Vaccine operations Central Provinces 1900-1911 - 1900-1911
Year: 1900
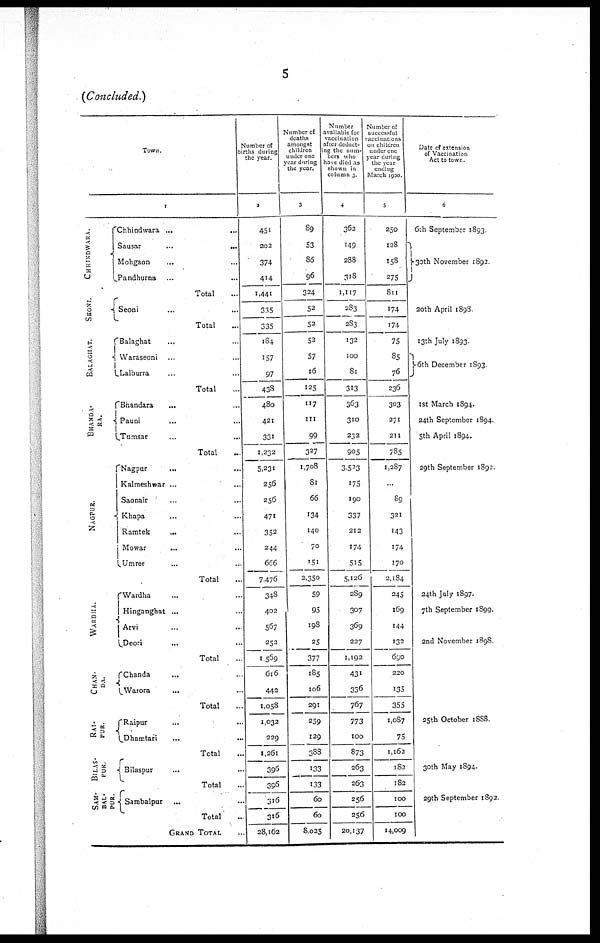
5
(Concluded.)
Town
CHHINDWARA.
SEONI.
BALAGHAT.
BHANDA-
RA.
NAGPUR.
WARDHA.
CHAN.
DA.
RAI-
PUR
SAM-
BAL-
PUR.
1
Chhindwara...
...
Sausar
...
...
Mohgaon... ...
Pandhurna... ...
Total
Seoni... ...
Total...
Balaghat... ..
Waraseoni... ...
Lalburra... ...
Total...
Bhandara... ...
Pauni... ...
Tumsar... ...
Total...
Nagpur... ...
Kalmeshwar ...
Saonair... ...
Khapa... ...
Ramtek
...
...
Mowar... ...
Umrer... ...
Total...
Wardha... ...
Hinganghat ... ...
Arvi... ...
Deori
... ...
Total..
Chanda... ...
Warora... ...
Total...
Raipur... ...
Dhamtari
...
...
Total...
Bilaspur... ...
Total...
Sambalpur... ...
Total..
GRAND TOTAL..
Number of
births during
the year.
2
451
202
374
414
1,441
335
335
184
157
97
438
480
421
331
1,232
5,231
256
256
471
352
244
666
7,476
348
402
567
252
1,569
616
442
1,058
1,032
229
1,261
396
396
316
316
28,162
Number of
deaths
amongst
children
under one
year during
the year.
3
89
53
86
96
324
52
52
52
57
16
125
117
111
99
327
1,708
81
66
134
140
70
151
2,350
59
95
198
25
377
185
106
291
259
129
388
133
133
60
60
8,025
Number
available for
vaccination
after deduct-
ing the num-
bers who
have died as
shown in
column 3
4
362
149
288
3l8
1,117
283
283
132
100
81
313
363
310
232
905
3,523
175
190
337
212
174
515
5,126
289
307
369
227
1,192
431
336
767
773
100
873
263
263
256
256
20,137
Number of
successful
vaccinations
on children
under one
year during
the year
ending
March 1900
5
250
128
158
275
811
174
174
75
85
76
236
303
271
211
785
1,287
...
89
321
143
174
170
2,184
245
169
144
132
690
220
135
355
1,087
75
1,162
182
182
100
100
14,009
Date of extension
of Vaccination
Act to town
6
6th September 1893
30th November 1892
20th April 1898
13th July 1893
6th December 1893
1st March 1894.
24th September 1894
5th April 1894.
29th September 1892
24th July 1897.
7th September 1899.
2nd November 1898
25th October 1888
30th May 1894.
29th September 1892